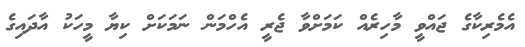
އެމެރިކާގެ ޖައްވީ މާހިރެއް ކަމަށްވާ ޖެރީ އެހްމަން ނަމަކަށް ކިޔާ މީހަކު އާދައިގެ